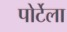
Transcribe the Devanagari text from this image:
पोर्टेला